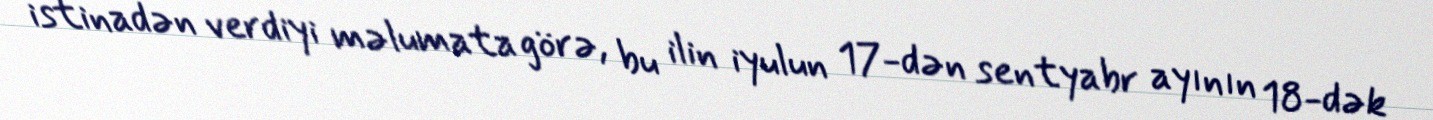
istinadən verdiyi məlumata görə, bu ilin iyulun 17-dən sentyabr ayının 18-dək